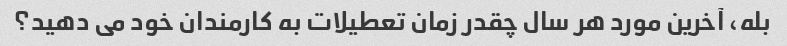
بله، آخرین مورد هر سال چقدر زمان تعطیلات به کارمندان خود می دهید؟